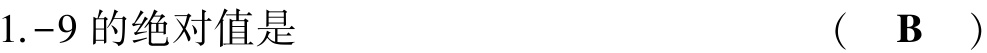
1. \(-9\) 的绝对值是  （  \(\mathbf{B}\)  ）